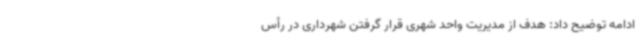
ادامه توضیح داد: هدف از مدیریت واحد شهری قرار گرفتن شهرداری در رأس